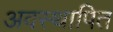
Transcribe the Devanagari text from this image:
अवस्थापित